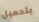
بتحميل